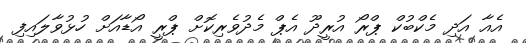
އެއާ އަދި މެކްބުކް ޕްރޯ އުރީދޫ އެޕް މެދުވެރިކޮށް ޕްރީ އޯޑާއަށް ހުޅުވާލައިފި